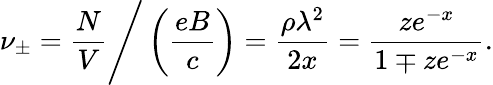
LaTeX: \nu_{\pm}={\frac{N}{V}}\Bigg/\left({\frac{eB}{c}}\right)={\frac{\rho\lambda^{2}}{2x}}={\frac{ze^{-x}}{1\mp ze^{-x}}}.